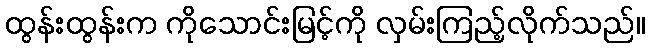
ထွန်းထွန်းက ကိုသောင်းမြင့်ကို လှမ်းကြည့်လိုက်သည်။